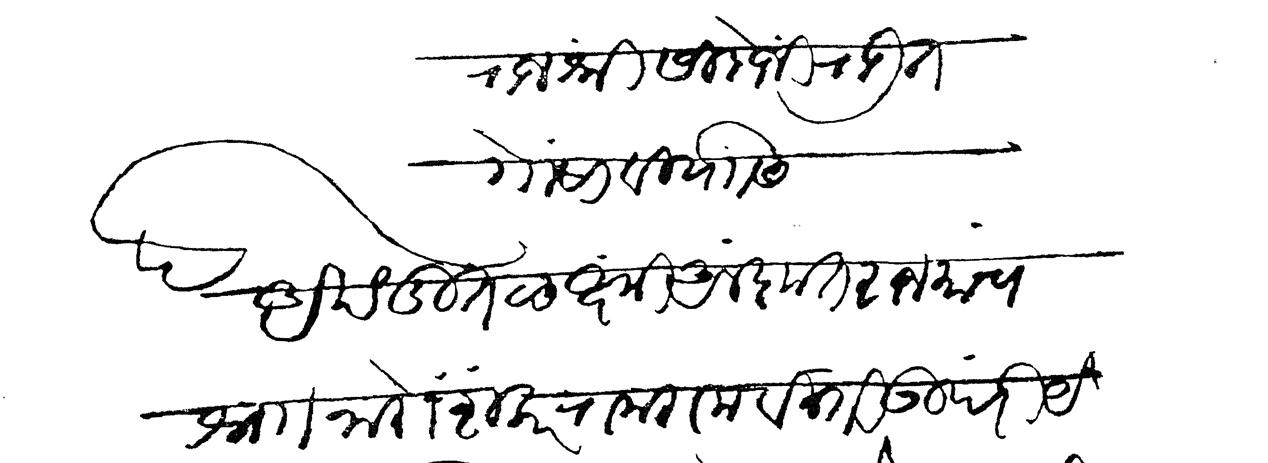
Transliteration (Devanagari): राजश्री सिदोंजी राऊत गोसावी यांसी अखंडित लक्ष्मी अलंकृत राजमांन्ये श्र्नो नारो शंकर राम राम विनंती उपरी ये